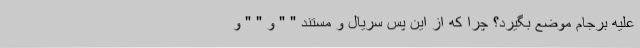
علیه برجام موضع بگیرد؟ چرا که از این پس سریال و مستند " " و " " و